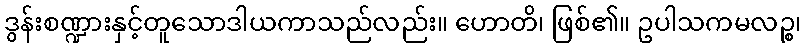
ဒွန်းစဏ္ဍားနှင့်တူသောဒါယကာသည်လည်း။ ဟောတိ၊ ဖြစ်၏။ ဥပါသကမလဉ္စ၊